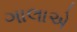
ગાલાએ